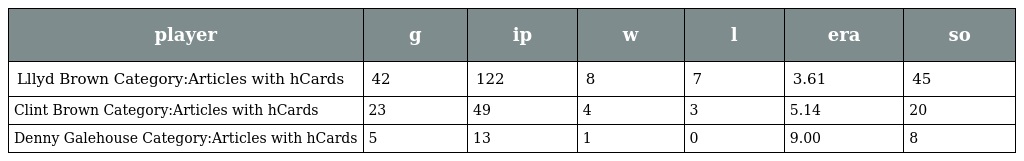
| player | g | ip | w | l | era | so |
 | --- | --- | --- | --- | --- | --- | --- |
 | Lllyd Brown Category:Articles with hCards | 42 | 122 | 8 | 7 | 3.61 | 45 |
 | Clint Brown Category:Articles with hCards | 23 | 49 | 4 | 3 | 5.14 | 20 |
 | Denny Galehouse Category:Articles with hCards | 5 | 13 | 1 | 0 | 9.00 | 8 |